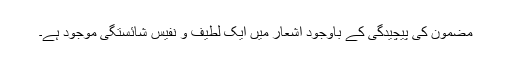
مضمون کی پیچیدگی کے باوجود اشعار میں ایک لطیف و نفیس شائستگی موجود ہے۔